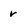
Character: v